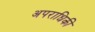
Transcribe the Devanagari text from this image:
अपराधिकी